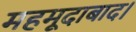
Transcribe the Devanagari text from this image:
महमूदाबाद।